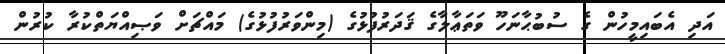
އަދި އެބައިމީހުން ގެ ސުބުޙާނަހޫ ވަތަޢާލާގެ ޤަދަރުފުޅުގެ (މިންވަރުފުޅުގެ) މައްޗަށް ވަޞިއްޔަތްކުރާ ކުރުން